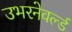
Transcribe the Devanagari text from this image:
उभरनेवर्ल्ड